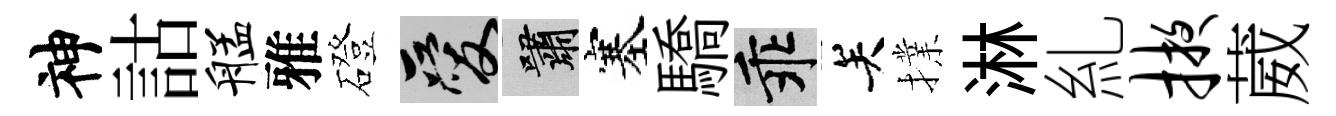
神詁艋雅磴爱嘯塞驕乖关擈淋糺掖葳